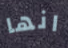
انها